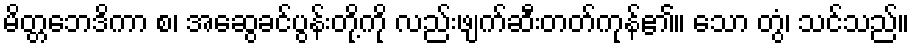
မိတ္တဘေဒိကာ စ၊ အဆွေခင်ပွန်းတို့ကို လည်းဖျက်ဆီးတတ်ကုန်၏။ သော တွံ၊ သင်သည်။